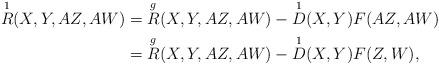
LaTeX: \begin{align*}\overset{1}{R} (X,Y,AZ,AW) & = \overset{g}{R} (X,Y,AZ,AW) - \overset{1}{D}(X,Y) F(AZ,AW) \\ & = \overset{g}{R} (X,Y,AZ,AW) - \overset{1}{D}(X,Y) F(Z,W), \end{align*}